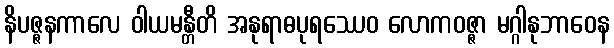
နိပဇ္ဇနကာလေ ဝါယမန္တီတိ အနုရာဓပုရဿေဝ လောကဝဇ္ဇာ မဂ္ဂါနုဘာဝေန